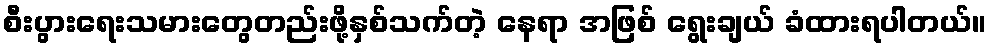
စီးပွားရေးသမားတွေတည်းဖို့နှစ်သက်တဲ့ နေရာ အဖြစ် ရွေးချယ် ခံထားရပါတယ်။